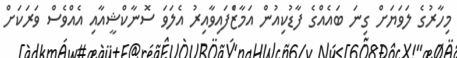
މިހާރުގެ ލަވަޔަށް ގިނަ ބައެއްގެ ފާޑުކިއުން އަމާޒްެފައިވާއިރު އެލަވަ ސޮނާކްޝީއާއި އެއްވެސް ވަރަކަށް